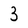
Character: 3